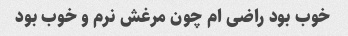
خوب بود راضی ام چون مرغش نرم و خوب بود